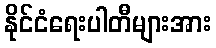
နိုင်ငံရေးပါတီများအား